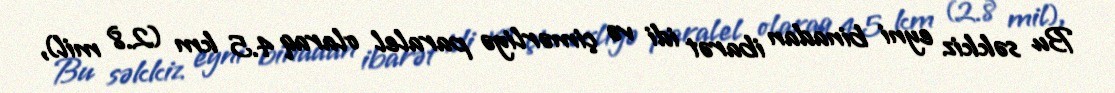
Bu səkkiz eyni binadan ibarət idi və çimərliyə paralel olaraq 4.5 km (2.8 mil),